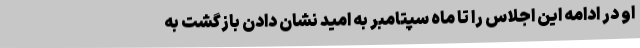
او در ادامه این اجلاس را تا ماه سپتامبر به امید نشان دادن بازگشت به